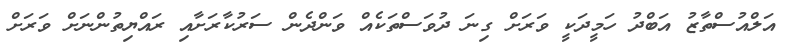
އަލްއުސްތާޒު އަބްދު ހަމީދަކީ ވަރަށް ގިނަ ދުވަސްތަކެއް ވަންދެން ސަރުކާރަށާއި ރައްޔިތުންނަށް ވަރަށް